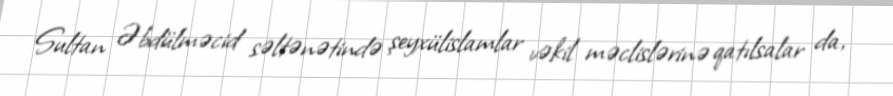
Sultan Əbdülməcid səltənətində şeyxülislamlar vəkil məclislərinə qatılsalar da,